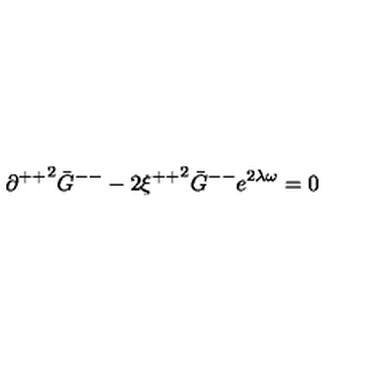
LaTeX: { \partial ^ { + + } } ^ { 2 } { \bar { G } } ^ { -- } - 2 { \xi ^ { + + } } ^ { 2 } { \bar { G } } ^ { -- } e ^ { 2 \lambda \omega } = 0 \,